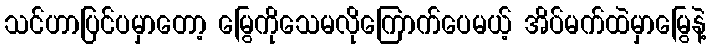
သင်ဟာပြင်ပမှာတော့ မြွေကိုသေမလိုကြောက်ပေမယ့် အိပ်မက်ထဲမှာမြွေနဲ့